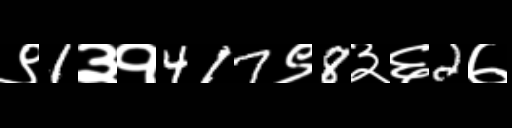
Text: ९1३१417९8३६2७